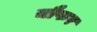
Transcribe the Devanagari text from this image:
चौफर